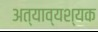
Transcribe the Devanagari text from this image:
अत्याव्यश्यक